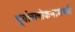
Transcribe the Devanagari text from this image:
पूर्वावलोकनामध्ये